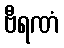
ဗီရဏံ